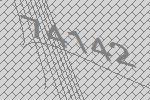
74142